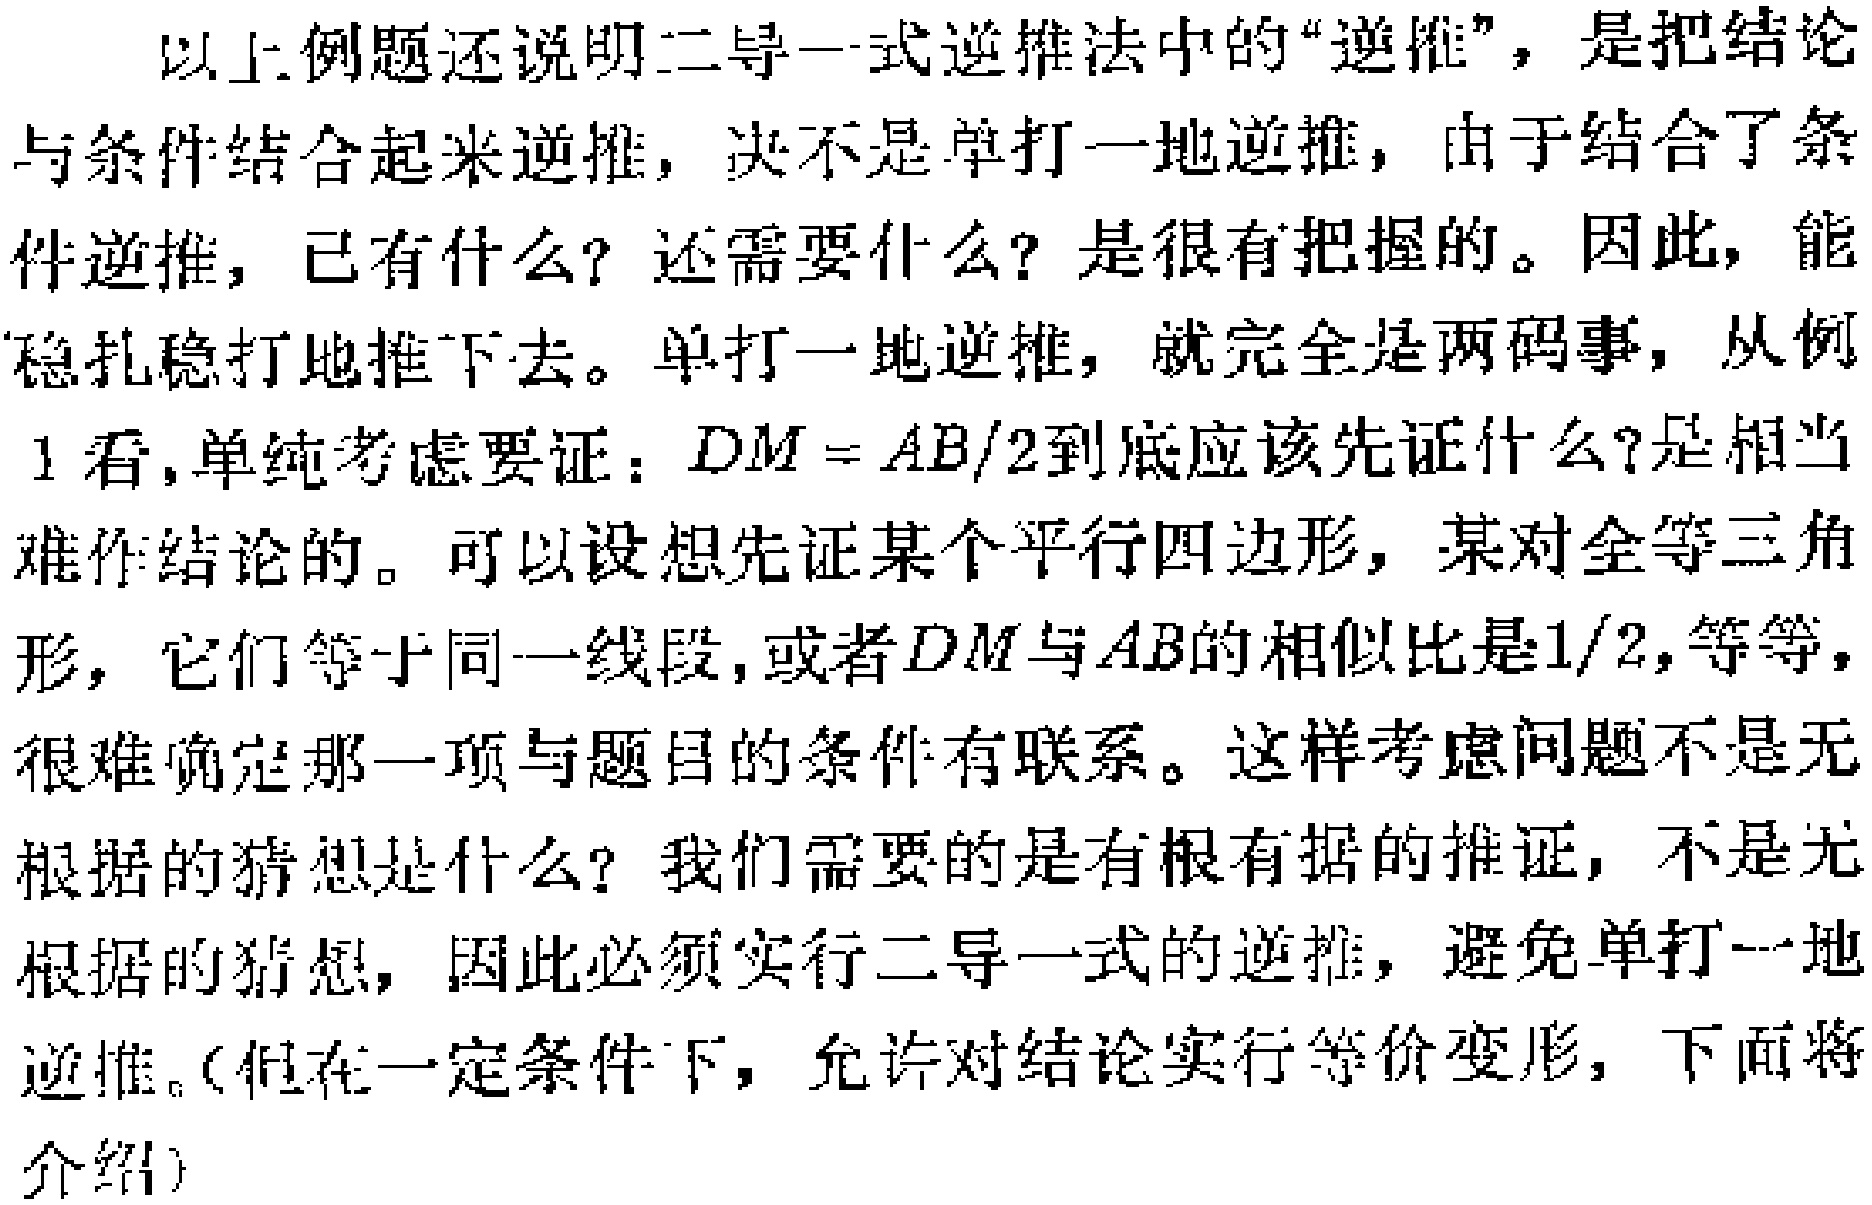
以上例题还说明二导一式逆推法中的“逆推”，是把结论与条件结合起来逆推，决不是单打一地逆推，由于结合了条件逆推，已有什么？还需要什么？是很有把握的。因此，能稳扎稳打地推下去。单打一地逆推，就完全是两码事，从例1看,单纯考虑要证：\(DM = AB/2\)到底应该先证什么?是相当难作结论的。可以设想先证某个平行四边形，某对全等三角形，它们等于同一线段,或者\(DM\)与\(AB\)的相似比是\(1/2\),等等，很难确定那一项与题目的条件有联系。这样考虑问题不是无根据的猜想是什么？我们需要的是有根有据的推证，不是无根据的猜想，因此必须实行二导一式的逆推，避免单打一地逆推。（但在一定条件下，允许对结论实行等价变形，下面将介绍）